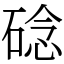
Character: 䂼